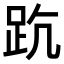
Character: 𧿦